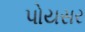
પોયસર